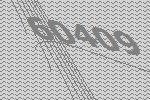
60409